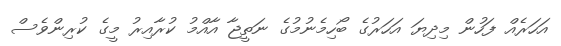
އަހަރެއް ފަހުން މިދިޔަ އަހަރުގެ ބޯހިމެނުމުގެ ނަތީޖާ އާއްމު ކުރާއިރު މީގެ ކުރިންވެސް